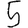
Digit: 5